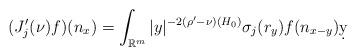
LaTeX: \begin{align*}(J'_{j}(\nu)f)(n_{x})=\int_{\mathbb{R}^{m}}|y|^{-2(\rho'-\nu)(H_{0})}\sigma_j(r_{y})f(n_{x-y})\d y\end{align*}